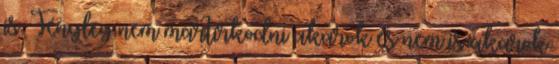
is. Tényleg nem mártírkodni akarok és nem is akarok